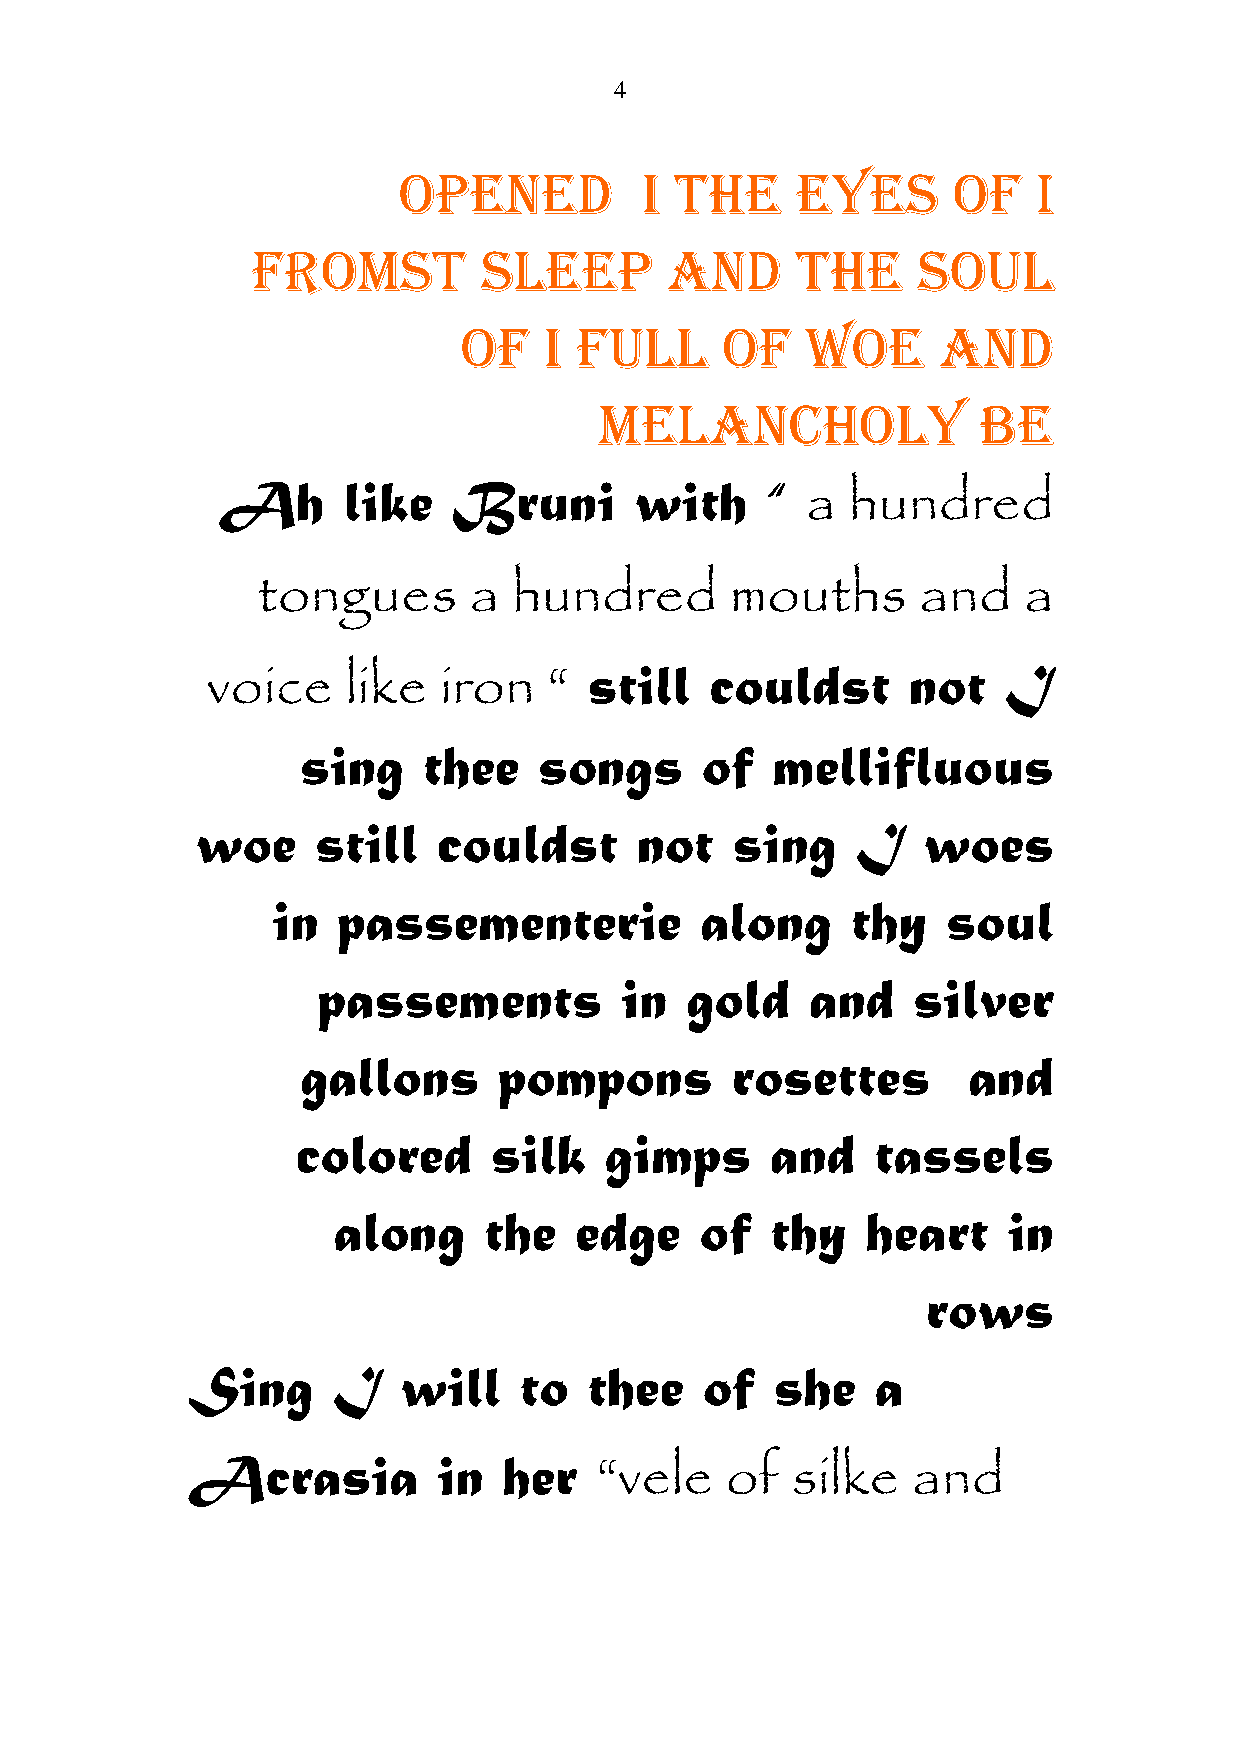
4
 OPENED          I  THE     EYES      OF    I
 FROMST         SLEEP       AND      THE     SOUL
 OF    I FULL      OF   WOE      AND
 MELANCHOLY               BE
 Ah       like   Bruni       with     “ a  hundred
 tongues       a  hundred       mouths       and    a
 voice    like  iron   “  still   couldst      not   I
 sing    thee    songs     of   mellifluous
 woe     still   couldst      not   sing     I   woes
 in  passementerie           along     thy    soul
 passements          in  gold     and   silver
 gallons      pompons        rosettes        and
 colored     silk    gimps      and    tassels
 along     the   edge    of   thy   heart     in
 rows
 Sing      I   will    to   thee    of  she    a
 Acrasia          in  her   “vele    of  silke   and